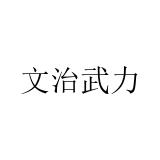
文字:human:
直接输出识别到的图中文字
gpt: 文治武力